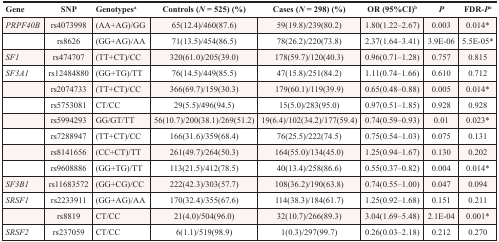
<table><thead><tr><td><b>Gene</b></td><td><b>SNP</b></td><td><b>Genotypes<sup>a</sup></b></td><td><b>Controls (<i>N</i> = 525) (%)</b></td><td><b>Cases (<i>N</i> = 298) (%)</b></td><td><b>OR (95%CI)<sup>b</sup></b></td><td><b><i>P</i></b></td><td><b>FDR-<i>P</i><sup>c</sup></b></td></tr></thead><tbody><tr><td><i>PRPF40B</i></td><td>rs4073998</td><td>(AA+AG)/GG</td><td>65(12.4)/460(87.6)</td><td>59(19.8)/239(80.2)</td><td>1.80(1.22–2.67)</td><td>0.003</td><td>0.014*</td></tr><tr><td></td><td>rs8626</td><td>(GG+AG)/AA</td><td>71(13.5)/454(86.5)</td><td>78(26.2)/220(73.8)</td><td>2.37(1.64–3.41)</td><td>3.9E-06</td><td>5.5E-05*</td></tr><tr><td><i>SF1</i></td><td>rs474707</td><td>(TT+CT)/CC</td><td>320(61.0)/205(39.0)</td><td>178(59.7)/120(40.3)</td><td>0.96(0.71–1.28)</td><td>0.757</td><td>0.815</td></tr><tr><td><i>SF3A1</i></td><td>rs12484880</td><td>(GG+TG)/TT</td><td>76(14.5)/449(85.5)</td><td>47(15.8)/251(84.2)</td><td>1.11(0.74–1.66)</td><td>0.610</td><td>0.712</td></tr><tr><td></td><td>rs2074733</td><td>(TT+CT)/CC</td><td>366(69.7)/159(30.3)</td><td>179(60.1)/119(39.9)</td><td>0.65(0.48–0.88)</td><td>0.005</td><td>0.014*</td></tr><tr><td></td><td>rs5753081</td><td>CT/CC</td><td>29(5.5)/496(94.5)</td><td>15(5.0)/283(95.0)</td><td>0.97(0.51–1.85)</td><td>0.928</td><td>0.928</td></tr><tr><td></td><td>rs5994293</td><td>GG/GT/TT</td><td>56(10.7)/200(38.1)/269(51.2)</td><td>19(6.4)/102(34.2)/177(59.4)</td><td>0.74(0.59–0.93)</td><td>0.01</td><td>0.023*</td></tr><tr><td></td><td>rs7288947</td><td>(TT+CT)/CC</td><td>166(31.6)/359(68.4)</td><td>76(25.5)/222(74.5)</td><td>0.75(0.54–1.03)</td><td>0.075</td><td>0.131</td></tr><tr><td></td><td>rs8141656</td><td>(CC+CT)/TT</td><td>261(49.7)/264(50.3)</td><td>164(55.0)/134(45.0)</td><td>1.25(0.94–1.67)</td><td>0.130</td><td>0.202</td></tr><tr><td></td><td>rs9608886</td><td>(GG+TG)/TT</td><td>113(21.5)/412(78.5)</td><td>40(13.4)/258(86.6)</td><td>0.55(0.37–0.82)</td><td>0.004</td><td>0.014*</td></tr><tr><td><i>SF3B1</i></td><td>rs11683572</td><td>(GG+CG)/CC</td><td>222(42.3)/303(57.7)</td><td>108(36.2)/190(63.8)</td><td>0.74(0.55–1.00)</td><td>0.047</td><td>0.094</td></tr><tr><td><i>SRSF1</i></td><td>rs2233911</td><td>(GG+AG)/AA</td><td>170(32.4)/355(67.6)</td><td>114(38.3)/184(61.7)</td><td>1.25(0.92–1.68)</td><td>0.151</td><td>0.211</td></tr><tr><td></td><td>rs8819</td><td>CT/CC</td><td>21(4.0)/504(96.0)</td><td>32(10.7)/266(89.3)</td><td>3.04(1.69–5.48)</td><td>2.1E-04</td><td>0.001*</td></tr><tr><td><i>SRSF2</i></td><td>rs237059</td><td>CT/CC</td><td>6(1.1)/519(98.9)</td><td>1(0.3)/297(99.7)</td><td>0.26(0.03–2.18)</td><td>0.212</td><td>0.270</td></tr></tbody></table>